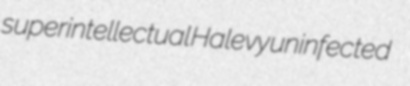
superintellectual Halevy uninfected